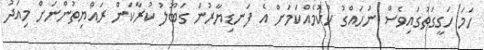
ހަމަ ހަގީގަތުގައިވެސް ނުހައްގު ހުކުމެއްކަމަށް އެ ފަނޑިޔާރުން ގަބޫލު ކުރާކަން ރައްޔިތުންނަށް މިއަދު